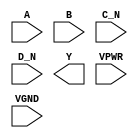
module sky130_fd_sc_hs__nor4bb (
    //# {{data|Data Signals}}
    input  A   ,
    input  B   ,
    input  C_N ,
    input  D_N ,
    output Y   ,

    //# {{power|Power}}
    input  VPWR,
    input  VGND
);
endmodule